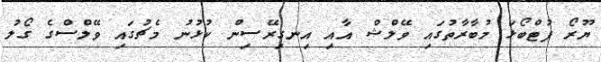
ޔޫރޯ ފުޓްބޯޅަ މުބާރާތުގައި ވޭލްޝް އާއި އިނގިރޭސިން ކުޅުނު މެޗުގައި ވޭލްސްގެ ގޯލު